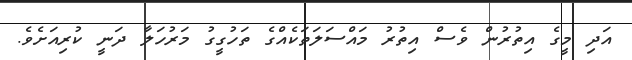
އަދި މީގެ އިތުރުން ވެސް އިތުރު މައްސަލަތަކެއްގެ ތަހުގީގު މަރުހަލާ ދަނީ ކުރިއަށެވެ.